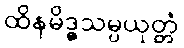
ထိနမိဒ္ဓသမ္ပယုတ္တံ